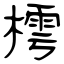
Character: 樗